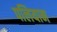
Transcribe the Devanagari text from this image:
पलियान